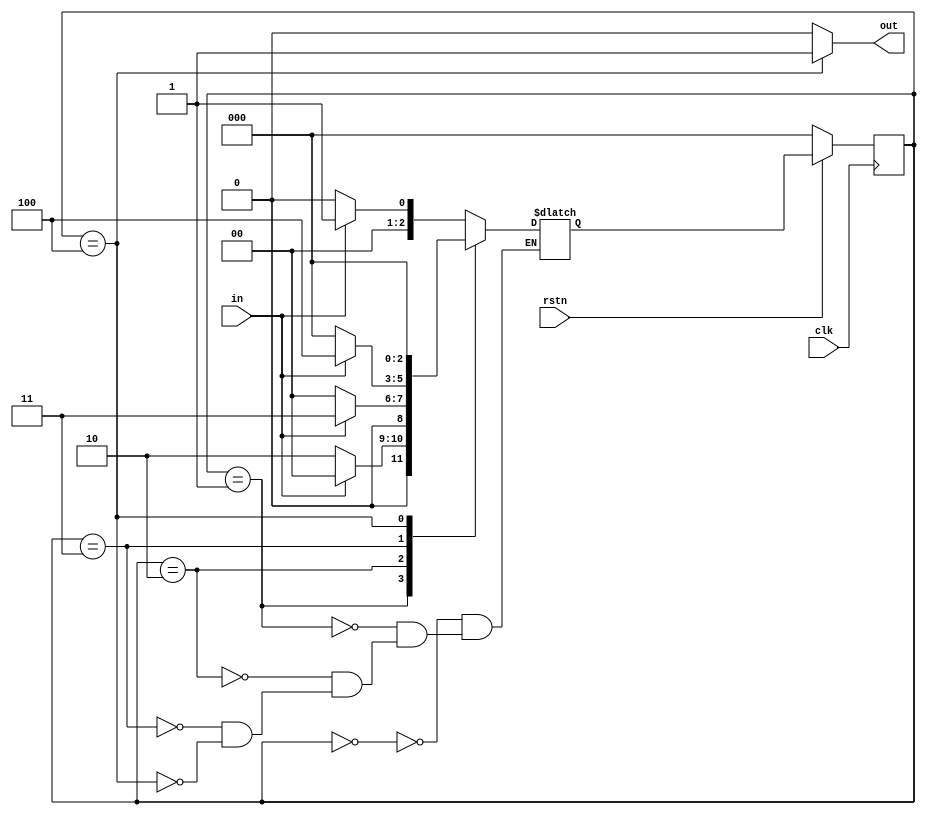
module det_1011 ( input clk,
                  input rstn,
                  input in,
                  output out );
    
    parameter IDLE 	= 0,
                S1 		= 1,
                S10 	= 2,
                S101 	= 3,
                S1011 	= 4;
    
    reg [2:0] cur_state, next_state;
    
    assign out = cur_state == S1011 ? 1 : 0;
    
    always @ (posedge clk) begin
        if (!rstn)
            cur_state <= IDLE;
        else 
            cur_state <= next_state;
    end
    
    always @ (cur_state or in) begin
        case (cur_state)
            IDLE : begin
                if (in) next_state = S1;
                else next_state = IDLE;
            end
            
            S1: begin
                if (in) next_state = IDLE;
                else 	next_state = S10;
            end
            
            S10 : begin
                if (in) next_state = S101;
                else 	next_state = IDLE;
            end
            
            S101 : begin
                if (in) next_state = S1011;
                else 	next_state = IDLE;
            end
            
            S1011: begin
             	next_state = IDLE;
            end
        endcase
    end
endmodule